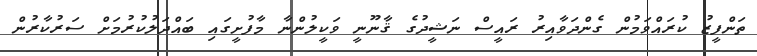
ތަންފީޒު ކުރައްވަމުން ގެންދަވާއިރު ރައީސް ނަޝީދުގެ ޤާނޫނީ ވަކީލުންނާ މާފުށީގައި ބައްދަލުކުރުމަށް ސަރުކާރުން